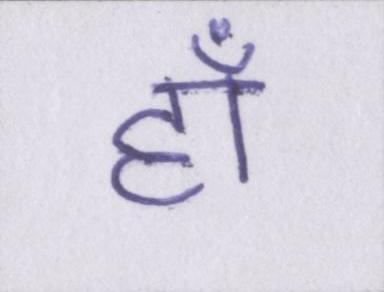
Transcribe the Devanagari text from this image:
हाँ